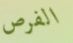
الفرص